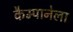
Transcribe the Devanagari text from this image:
कैम्पानेला